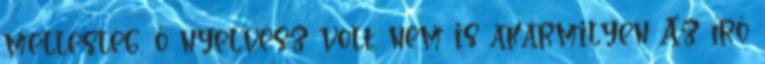
mellesleg, ő nyelvész volt. nem is akármilyen Az író